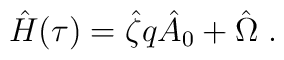
\hat{H}(\tau )=\hat{\zeta}q\hat{A}_{0}+\hat{\Omega}\;.